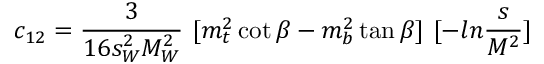
c _ { 1 2 } = { \frac { 3 } { 1 6 s _ { W } ^ { 2 } M _ { W } ^ { 2 } } } ~ [ m _ { t } ^ { 2 } \cot \beta - m _ { b } ^ { 2 } \tan \beta ] ~ [ - l n { \frac { s } { M ^ { 2 } } } ]